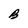
Character: B